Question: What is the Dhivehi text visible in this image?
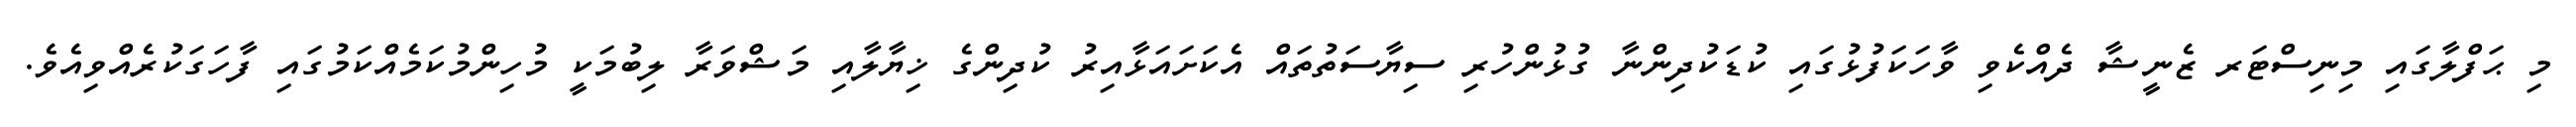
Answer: މި ޙަފްލާގައި މިނިސްޓަރ ޒެނީޝާ ދެއްކެވި ވާހަކަފުޅުގައި ކުޑަކުދިންނާ ގުޅުންހުރި ސިޔާސަތުތައް އެކަށައަޅާއިރު ކުދިންގެ ޚިޔާލާއި މަޝްވަރާ ލިބުމަކީ މުހިންމުކަމެއްކަމުގައި ފާހަގަކުރެއްވިއެވެ.